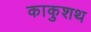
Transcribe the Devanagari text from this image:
काकुशथ